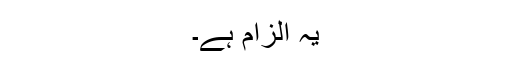
یہ الزام ہے۔